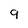
Character: 9